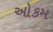
ઓકમ